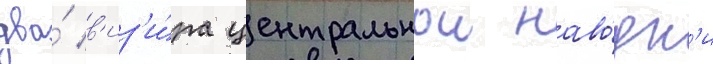
два́ в'из'и́ра центральнои наво́дк'и